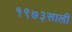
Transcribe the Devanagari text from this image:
१९७३साली